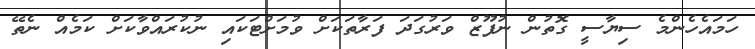
ހަމައެހެންމެ ސިޔާސީ ގޮތުން ނުފޫޒް ވަރުގަދަ ފަރާތަކަށް ވުމަށްޓަކައި ނުކުރައްވާކަށް ކަމެއް ނެތޭ